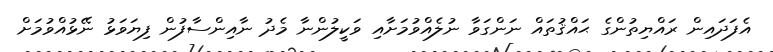
އެފަދައިން ރައްޔިތުންގެ ޙައްޤުތައް ނަންގަވާ ނުލެއްވުމަށާއި ވަކީލުންނާ މެދު ނާއިންސާފުން ފިޔަވަޅު ނޭޅުއްވުމަށް